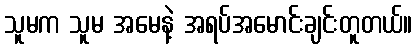
သူမက သူမ အမေနဲ့ အရပ်အမောင်းချင်းတူတယ်။